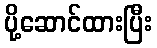
ပို့ဆောင်ထားပြီး